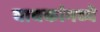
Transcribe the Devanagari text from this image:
वाचकांमध्ये